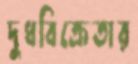
দুধবিক্রেতার